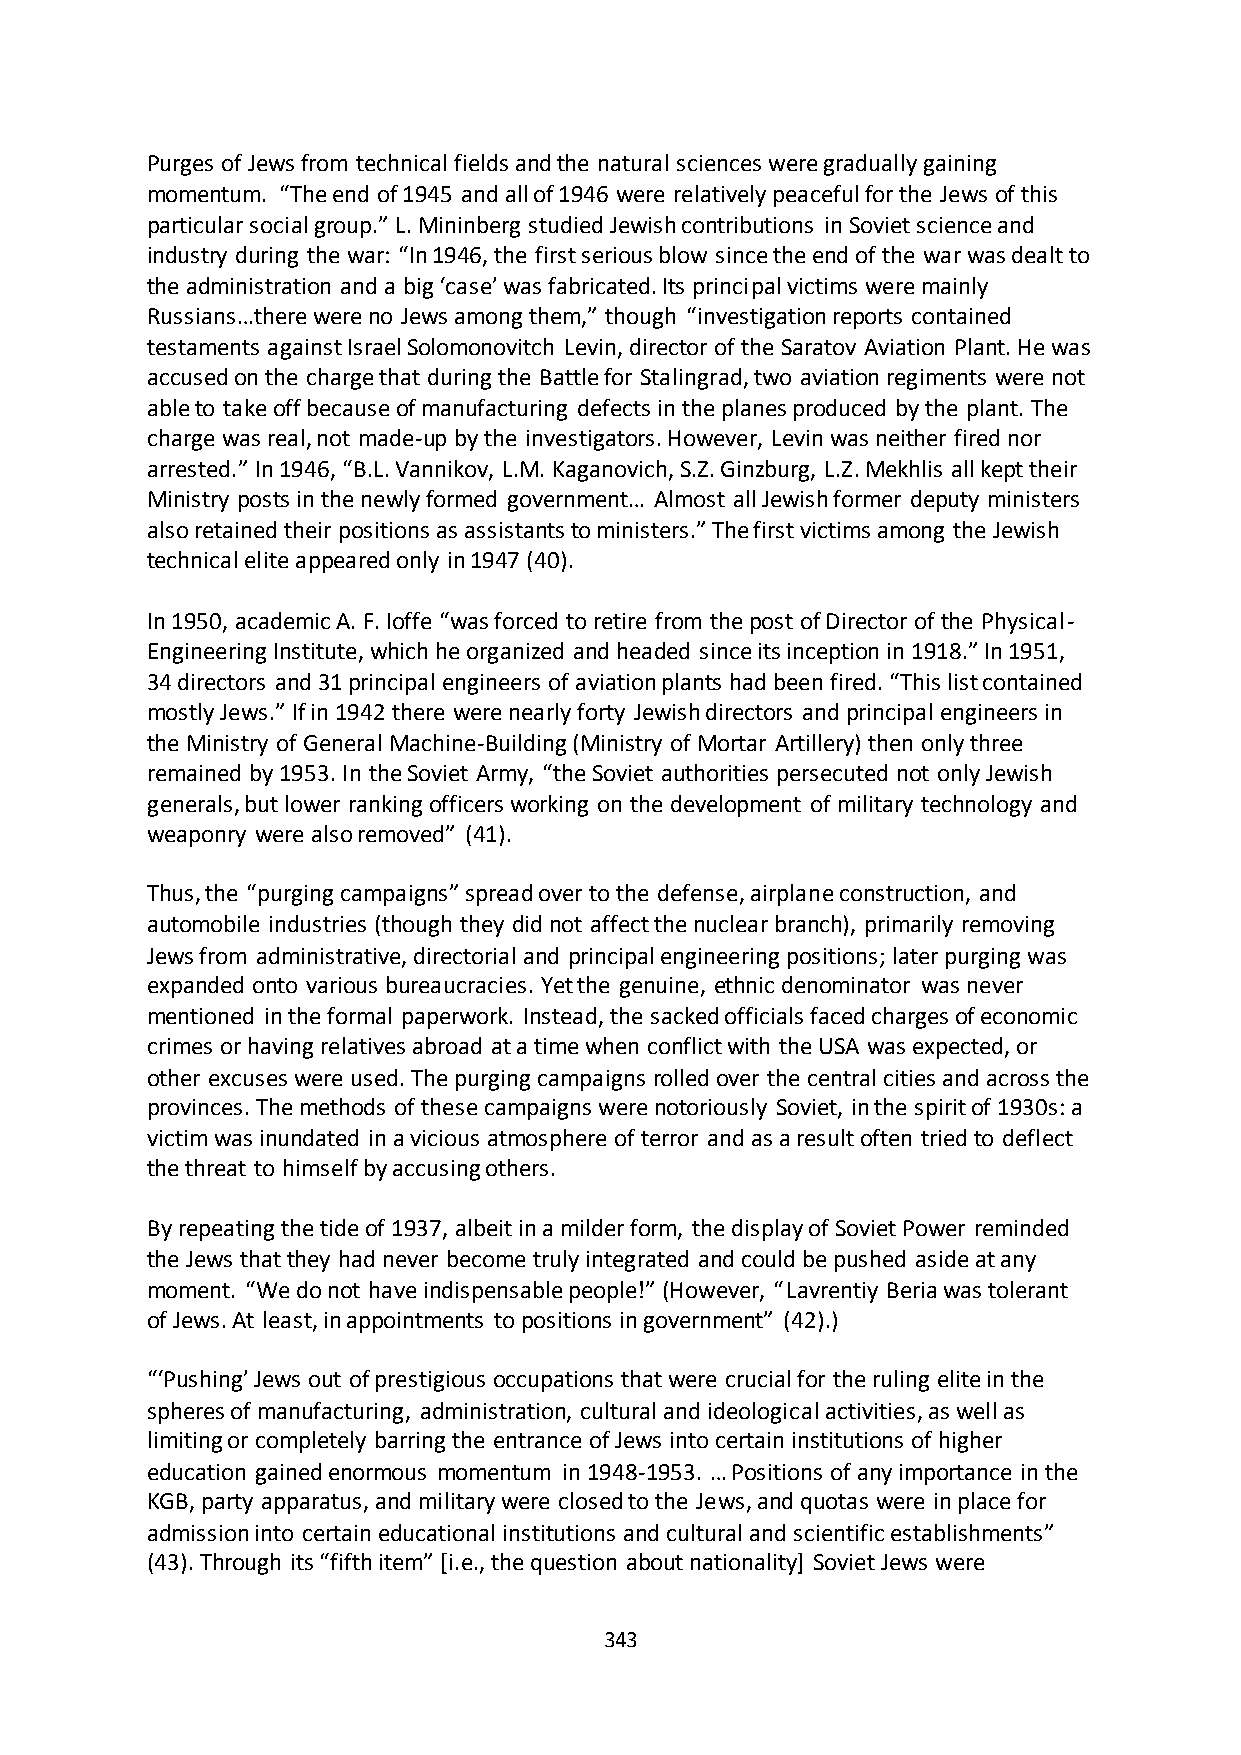
Purges of Jews from technical fields and the natural sciences were gradually gaining
 momentum. “The end of 1945 and all of 1946 were relatively peaceful for the Jews of this
 particular social group.” L. Mininberg studied Jewish contributions in Soviet science and
 industry during the war: “In 1946, the first serious blow since the end of the war was dealt to
 the administration and a big ‘case’ was fabricated. Its principal victims were mainly
 Russians…there were no Jews among them,” though “investigation reports contained
 testaments against Israel Solomonovitch Levin, director of the Saratov Aviation Plant. He was
 accused on the charge that during the Battle for Stalingrad, two aviation regiments were not
 able to take off because of manufacturing defects in the planes produced by the plant. The
 charge was real, not made-up by the investigators. However, Levin was neither fired nor
 arrested.” In 1946, “B.L. Vannikov, L.M. Kaganovich, S.Z. Ginzburg, L.Z. Mekhlis all kept their
 Ministry posts in the newly formed government… Almost all Jewish former deputy ministers
 also retained their positions as assistants to ministers.” The first victims among the Jewish
 technical elite appeared only in 1947 (40).
 In 1950, academic A. F. Ioffe “was forced to retire from the post of Director of the Physical-
 Engineering Institute, which he organized and headed since its inception in 1918.” In 1951,
 34 directors and 31 principal engineers of aviation plants had been fired. “This list contained
 mostly Jews.” If in 1942 there were nearly forty Jewish directors and principal engineers in
 the Ministry of General Machine-Building (Ministry of Mortar Artillery) then only three
 remained by 1953. In the Soviet Army, “the Soviet authorities persecuted not only Jewish
 generals, but lower ranking officers working on the development of military technology and
 weaponry were also removed” (41).
 Thus, the “purging campaigns” spread over to the defense, airplane construction, and
 automobile industries (though they did not affect the nuclear branch), primarily removing
 Jews from administrative, directorial and principal engineering positions; later purging was
 expanded onto various bureaucracies. Yet the genuine, ethnic denominator was never
 mentioned in the formal paperwork. Instead, the sacked officials faced charges of economic
 crimes or having relatives abroad at a time when conflict with the USA was expected, or
 other excuses were used. The purging campaigns rolled over the central cities and across the
 provinces. The methods of these campaigns were notoriously Soviet, in the spirit of 1930s: a
 victim was inundated in a vicious atmosphere of terror and as a result often tried to deflect
 the threat to himself by accusing others.
 By repeating the tide of 1937, albeit in a milder form, the display of Soviet Power reminded
 the Jews that they had never become truly integrated and could be pushed aside at any
 moment. “We do not have indispensable people!” (However, “Lavrentiy Beria was tolerant
 of Jews. At least, in appointments to positions in government” (42).)
 “‘Pushing’ Jews out of prestigious occupations that were crucial for the ruling elite in the
 spheres of manufacturing, administration, cultural and ideological activities, as well as
 limiting or completely barring the entrance of Jews into certain institutions of higher
 education gained enormous momentum in 1948-1953. … Positions of any importance in the
 KGB, party apparatus, and military were closed to the Jews, and quotas were in place for
 admission into certain educational institutions and cultural and scientific establishments”
 (43). Through its “fifth item” *i.e., the question about nationality+ Soviet Jews were
 343